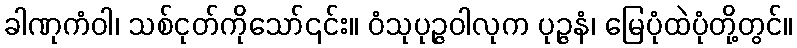
ခါဏုကံဝါ၊ သစ်ငုတ်ကိုသော်၎င်း။ ဝံသုပုဉ္ဇဝါလုက ပုဉ္ဇနံ၊ မြေပုံထဲပုံတို့တွင်။